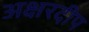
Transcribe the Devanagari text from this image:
अक्षरदीप